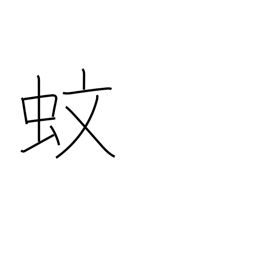
Meaning: mosquito